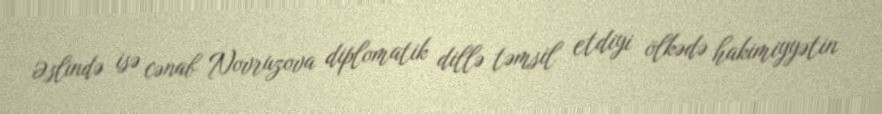
Əslində isə cənab Novruzova diplomatik dillə təmsil etdiyi ölkədə hakimiyyətin